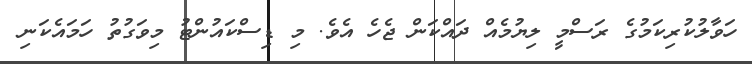
ހަވާލުކުރިކަމުގެ ރަސްމީ ލިޔުމެއް ދައްކަން ޖެހެ އެވެ. މި ޑިސްކައުންޓު މިވަގުތު ހަމައެކަނި